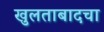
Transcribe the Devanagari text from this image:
खुलताबादचा